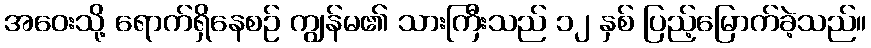
အဝေးသို့ ရောက်ရှိနေစဉ် ကျွန်မ၏ သားကြီးသည် ၁၂ နှစ် ပြည့်မြောက်ခဲ့သည်။